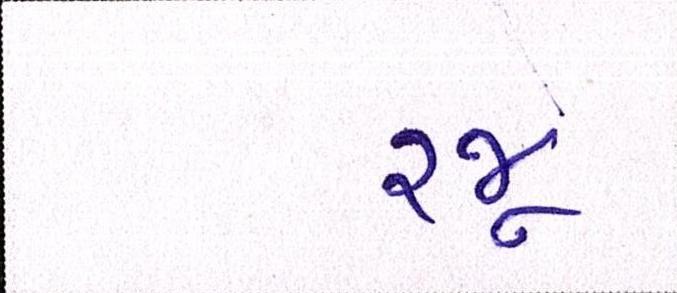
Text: રજૂ